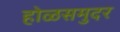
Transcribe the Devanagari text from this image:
होळसमुदर